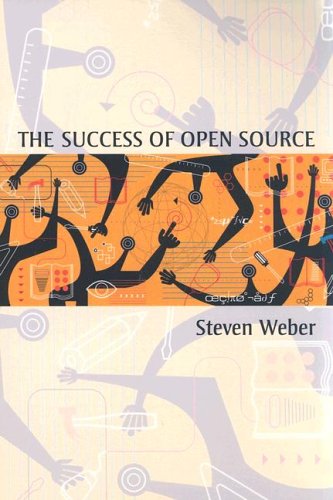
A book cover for The Success of Open Source; Steven Weber; Business & Money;